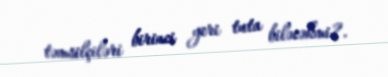
təmsilçiləri birinci yeri tuta biləcəkmi?.